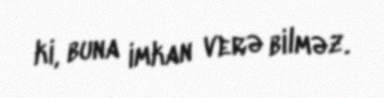
ki, buna imkan verə bilməz.